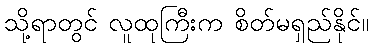
သို့ရာတွင် လူထုကြီးက စိတ်မရှည်နိုင်။